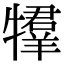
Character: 𤛰